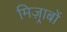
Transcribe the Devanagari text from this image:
मिज़्राबों